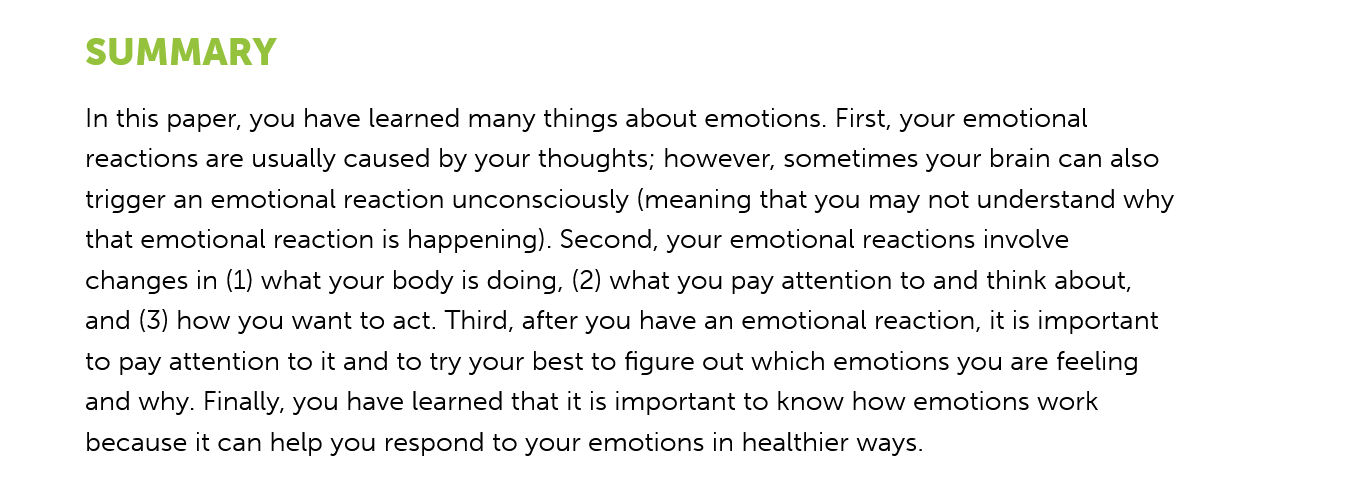
In this paper, you have learned many things about emotions. First, your emotional
     reactions are usually caused by your thoughts; however, sometimes your brain can also
     trigger an emotional reaction unconsciously (meaning that you may not understand why
     that emotional reaction is happening). Second, your emotional reactions involve
     changes in (1) what your body is doing, (2) what you pay attention to and think about,
     and (3) how you want to act. Third, after you have an emotional reaction, it is important
     to pay attention to it and to try your best to figure out which emotions you are feeling
     and why. Finally, you have learned that it is important to know how emotions work
     because it can help you respond to your emotions in healthier ways.
     SUMMARY